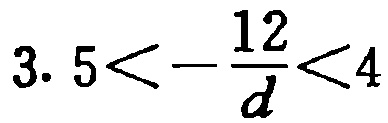
\(3.5<-\frac{12}{d}<4\)